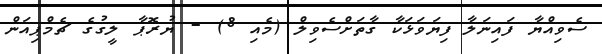
ސެވިއްޔާ ފައިނަލާ ފިޔަވަޅަކާ ގާތަށްސެވިލް (މެއި 8) - ޔުރޮޕާ ލީގުގެ ޗެމްޕިއަން